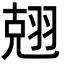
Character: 𮋃